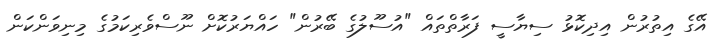
އޭގެ އިތުރުން އިދިކޮޅު ސިޔާސީ ފަރާތްތައް "އުސޫލުގެ ބޭރުން" ހައްޔަރުކޮށް ނޫސްވެރިކަމުގެ މިނިވަންކަން